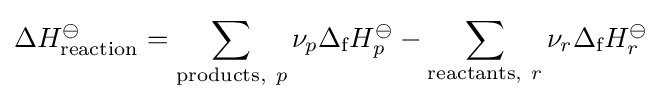
\Delta H_{\text{reaction}}^{\ominus }=\sum _{{\text{products}},~p}\nu _{p}\Delta _{\text{f}}H_{p}^{\ominus }-\sum _{{\text{reactants}},~r}\nu _{r}\Delta _{\text{f}}H_{r}^{\ominus }